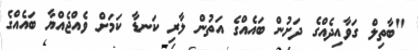
"ބާތިލް ގަވާއިދެއްގެ ދަށުން ބައެއްގެ އަތުން ލާރި ކަނޑާ ކަމަށް ވެއްޖެއްޔާ ބައެއްގެ